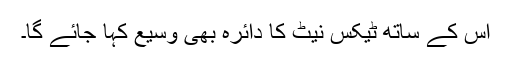
اس کے ساتھ ٹیکس نیٹ کا دائرہ بھی وسیع کہا جائے گا۔